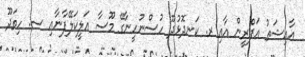
އާއިޝަތު އަފްރީން އާއި ރ. ކަނދޮޅުދޫ ހުސްނުހީނާގޭ މޫސާ އަލީކަލޭފާނާއި ސ. ހިތަދޫ